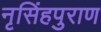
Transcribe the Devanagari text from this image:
नृसिंहपुराण